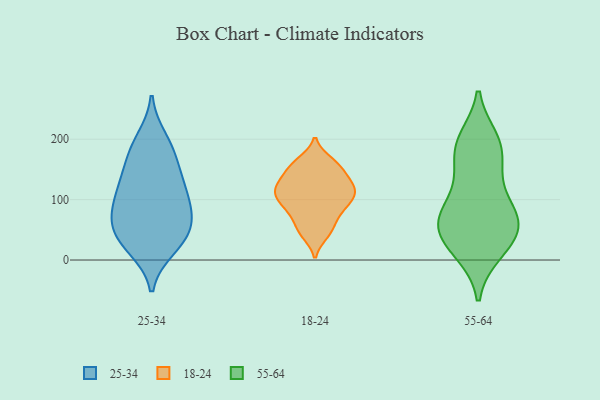
{"axis": {"x": "Budget (USD K)", "y": "Value"}, "legend": ["18-24", "25-34", "55-64"], "data": [{"x": "", "y": 27, "type": "25-34"}, {"x": "", "y": 138, "type": "25-34"}, {"x": "", "y": 182, "type": "25-34"}, {"x": "", "y": 37, "type": "25-34"}, {"x": "", "y": 68, "type": "25-34"}, {"x": "", "y": 88, "type": "25-34"}, {"x": "", "y": 72, "type": "25-34"}, {"x": "", "y": 20, "type": "25-34"}, {"x": "", "y": 41, "type": "25-34"}, {"x": "", "y": 175, "type": "25-34"}, {"x": "", "y": 135, "type": "25-34"}, {"x": "", "y": 112, "type": "25-34"}, {"x": "", "y": 112, "type": "25-34"}, {"x": "", "y": 69, "type": "25-34"}, {"x": "", "y": 200, "type": "25-34"}, {"x": "", "y": 107, "type": "18-24"}, {"x": "", "y": 71, "type": "18-24"}, {"x": "", "y": 154, "type": "18-24"}, {"x": "", "y": 51, "type": "18-24"}, {"x": "", "y": 127, "type": "18-24"}, {"x": "", "y": 110, "type": "18-24"}, {"x": "", "y": 89, "type": "18-24"}, {"x": "", "y": 154, "type": "18-24"}, {"x": "", "y": 124, "type": "18-24"}, {"x": "", "y": 129, "type": "18-24"}, {"x": "", "y": 106, "type": "18-24"}, {"x": "", "y": 43, "type": "18-24"}, {"x": "", "y": 87, "type": "18-24"}, {"x": "", "y": 163, "type": "18-24"}, {"x": "", "y": 190, "type": "55-64"}, {"x": "", "y": 194, "type": "55-64"}, {"x": "", "y": 78, "type": "55-64"}, {"x": "", "y": 134, "type": "55-64"}, {"x": "", "y": 71, "type": "55-64"}, {"x": "", "y": 69, "type": "55-64"}, {"x": "", "y": 84, "type": "55-64"}, {"x": "", "y": 13, "type": "55-64"}, {"x": "", "y": 15, "type": "55-64"}, {"x": "", "y": 199, "type": "55-64"}, {"x": "", "y": 179, "type": "55-64"}, {"x": "", "y": 141, "type": "55-64"}, {"x": "", "y": 54, "type": "55-64"}, {"x": "", "y": 33, "type": "55-64"}, {"x": "", "y": 64, "type": "55-64"}, {"x": "", "y": 39, "type": "55-64"}]}